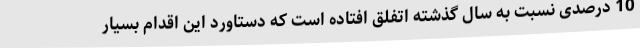
10 درصدی نسبت به سال گذشته اتفلق افتاده است که دستاورد این اقدام بسیار